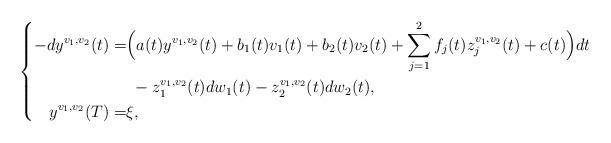
LaTeX: \begin{align*}\left\{\begin{aligned}-dy^{v_{1}, v_{2}}(t) = & \Big(a(t)y^{v_{1}, v_{2}}(t)+b_{1}(t)v_{1}(t)+b_{2}(t)v_{2}(t)+\sum_{j=1}^{2}f_{j}(t)z_{j}^{v_{1}, v_{2}}(t)+c(t)\Big)dt\\ &\ -z_{1}^{v_{1}, v_{2}}(t)dw_{1}(t)-z_{2}^{v_{1}, v_{2}}(t)dw_{2}(t), \\y^{v_{1}, v_{2}}(T) = & \xi,\end{aligned}\right.\end{align*}